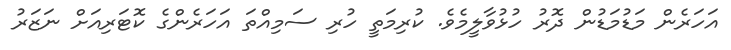
އަހަރެން މަޑުމަޑުން ދޮރު ހުޅުވާލީމެވެ. ކުރިމަތީ ހުރި ސަމިއްތަ އަހަރެންގެ ކޮޓަރިއަށް ނަޒަރު